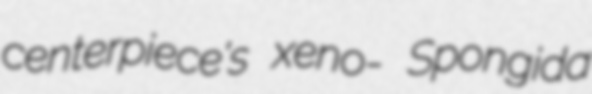
centerpiece's xeno- Spongida